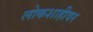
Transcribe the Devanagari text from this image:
लोकशाहीवर